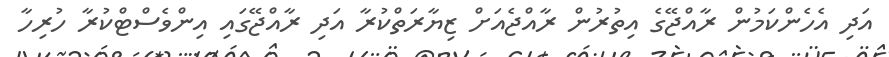
އަދި އެހެންކަމުން ރާއްޖޭގެ އިތުރުން ރާއްޖެއަށް ޒިޔާރަތްކުރާ އަދި ރާއްޖޭގައި އިންވެސްޓްކުރާ ހުރިހާ